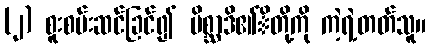
(၂) စူးစမ်းဆင်ခြင်၍ မိစ္ဆာဒိ၏ိတို့ကို ကဲ့ရဲ့တတ်သူ။